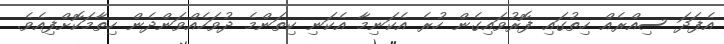
އެފަދަ ސިއްރެއް ހިތުގައި ފޮރުވައިގެން ހުރެ އެކަނިމާ އެކަނި ކިތަންމެ ދުވަހެއްވަންދެން ހިތާމަކޮށްފިއެވެ.